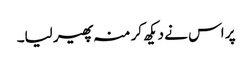
پر اس نے دیکھ کر منہ پھیر لیا۔